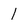
Character: I